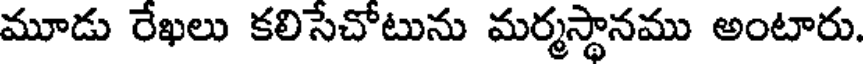
మూడు రేఖలు కలిసేచోటును మర్మస్థానము అంటారు.